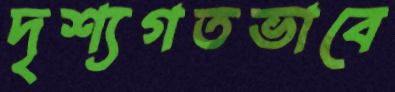
দৃশ্যগতভাবে